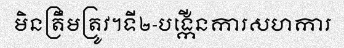
មិនត្រឹមត្រូវ។ទី២-បង្កើនការសហការ